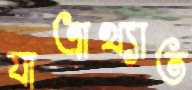
যাত্রাখ্যাত